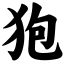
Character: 狍